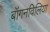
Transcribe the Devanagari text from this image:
बॉगनविलिया